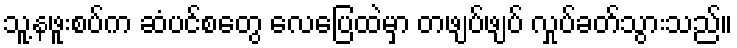
သူ့နဖူးစပ်က ဆံပင်စတွေ လေပြေထဲမှာ တဖျပ်ဖျပ် လှုပ်ခတ်သွားသည်။